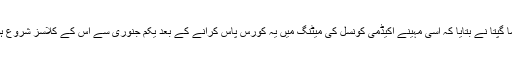
پروفیسر نیلما گپتا نے بتایا کہ اسی مہینے اکیڈمی کونسل کی میٹنگ میں یہ کورس پاس کرانے کے بعد یکم جنوری سے اس کے کلاسز شروع ہوجائیں گے۔